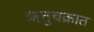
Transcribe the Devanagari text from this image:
ऋतुचक्रात